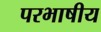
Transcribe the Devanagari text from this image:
परभाषीय